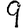
Digit: 9